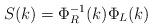
LaTeX: \begin{align*} S(k)=\Phi_{R}^{-1}(k)\Phi_{L}(k)\end{align*}